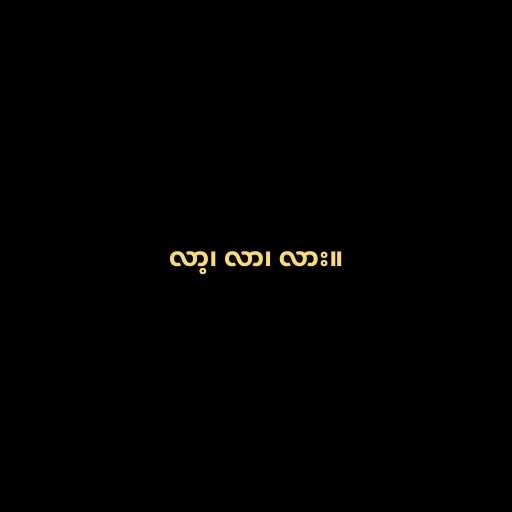
လာ့၊ လာ၊ လား။